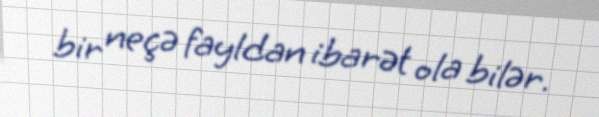
bir neçə fayldan ibarət ola bilər.